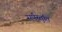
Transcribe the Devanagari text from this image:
सर्पस्तुति